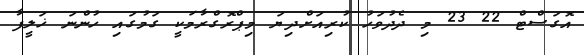
އޮގަސްޓް 22 23 މި ދެދުވަހު ކުރިއަށްދިޔަ މިޕްރޮގްރާމަކީ ގަމުގައި ހުންނަ ޚަލީފާ